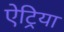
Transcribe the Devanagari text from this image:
ऐट्रिया